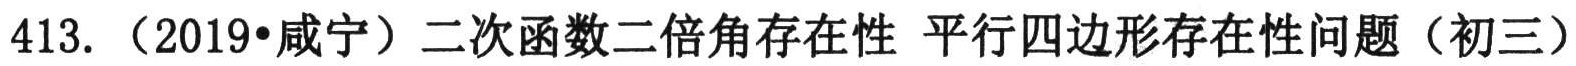
413. （2019•咸宁）二次函数二倍角存在性 平行四边形存在性问题（初三）